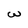
Character: w